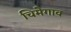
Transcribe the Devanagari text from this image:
चिमेगाव